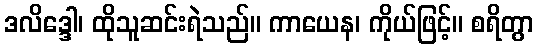
ဒလိဒ္ဒေါ၊ ထိုသူဆင်းရဲသည်။ ကာယေန၊ ကိုယ်ဖြင့်။ စရိတွာ